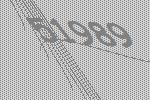
51989